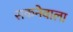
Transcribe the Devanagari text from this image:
सकनेवाला